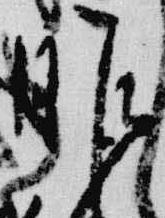
昨